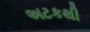
અટકથી